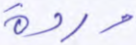
وردة